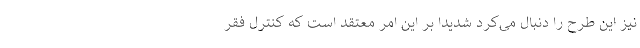
نیز این طرح را دنبال می‌کرد شدیدا بر این امر معتقد است که کنترل فقر